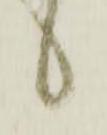
候